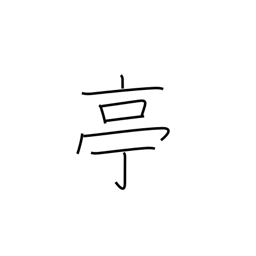
Meaning: stage name